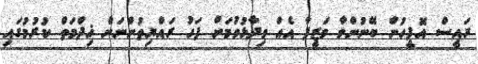
ރައީސް އޮފީހުން ބޭނުންވާ ވަޒީފާ އެއް ވިދާޅުވުމަށް ފަހު ރައްޔިތުންނަށް ޚިދްމަތް ކުރުމުގައި